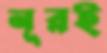
নূরই